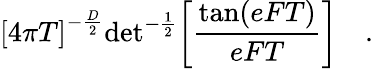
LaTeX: {\lbrack 4\pi T\rbrack}^{-{\frac{D}{2}}}\mathrm{det}^{-{\frac{1}{2}}}\biggl[{\frac{\mathrm{tan}(eFT)}{eFT}}\biggr]\quad.\,